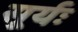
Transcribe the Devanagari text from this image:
सूर्यः